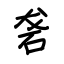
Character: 砻